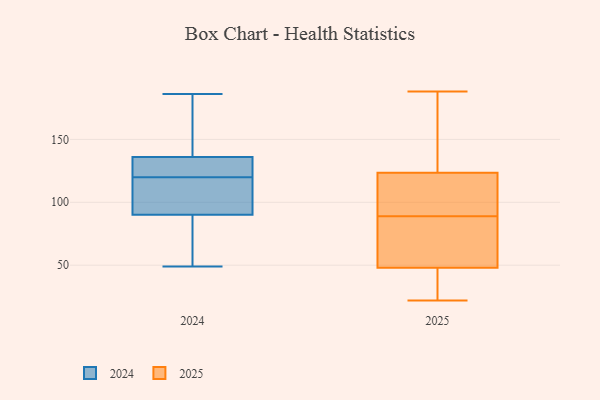
{"axis": {"x": "Inventory Turnover", "y": "Value"}, "legend": ["2024", "2025"], "data": [{"x": "", "y": 117, "type": "2024"}, {"x": "", "y": 99, "type": "2024"}, {"x": "", "y": 133, "type": "2024"}, {"x": "", "y": 100, "type": "2024"}, {"x": "", "y": 49, "type": "2024"}, {"x": "", "y": 141, "type": "2024"}, {"x": "", "y": 64, "type": "2024"}, {"x": "", "y": 129, "type": "2024"}, {"x": "", "y": 85, "type": "2024"}, {"x": "", "y": 185, "type": "2024"}, {"x": "", "y": 114, "type": "2024"}, {"x": "", "y": 165, "type": "2024"}, {"x": "", "y": 123, "type": "2024"}, {"x": "", "y": 128, "type": "2024"}, {"x": "", "y": 136, "type": "2024"}, {"x": "", "y": 186, "type": "2024"}, {"x": "", "y": 90, "type": "2024"}, {"x": "", "y": 59, "type": "2024"}, {"x": "", "y": 119, "type": "2025"}, {"x": "", "y": 44, "type": "2025"}, {"x": "", "y": 128, "type": "2025"}, {"x": "", "y": 79, "type": "2025"}, {"x": "", "y": 44, "type": "2025"}, {"x": "", "y": 22, "type": "2025"}, {"x": "", "y": 151, "type": "2025"}, {"x": "", "y": 52, "type": "2025"}, {"x": "", "y": 99, "type": "2025"}, {"x": "", "y": 188, "type": "2025"}, {"x": "", "y": 60, "type": "2025"}, {"x": "", "y": 106, "type": "2025"}]}